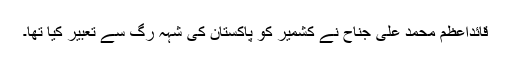
قائداعظم محمد علی جناح نے کشمیر کو پاکستان کی شہہ رگ سے تعبیر کیا تھا۔